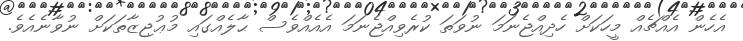
އެހެން އެއްޗެއް މީހަކަށް ހެދިއްޖެނަމަ ނުވަތަ ކުރެވިއްޖެނަމަ އެއެއްވެސް ޙާލެއްގައި މުޢުޖިޒާތަކަށް ނުވާނެއެވެ.